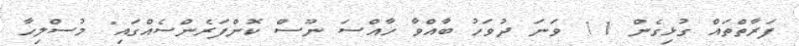
ފަރާތްތައް ގުޅިގެން 11 ވަނަ ދުވަހު ބާއްވާ ހާއްސަ ނޫސް ކޮންފަރެންސެއްގައި" މުސްލިހާ